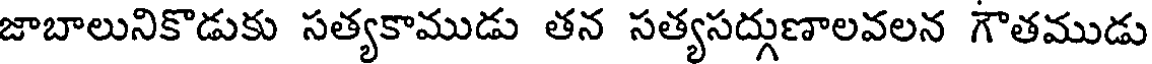
జాబాలునికొడుకు సత్యకాముడు తన సత్యసద్గుణాలవలన గౌతముడు